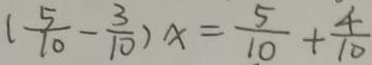
( \frac { 5 } { 1 0 } - \frac { 3 } { 1 0 } ) x = \frac { 5 } { 1 0 } + \frac { 4 } { 1 0 }